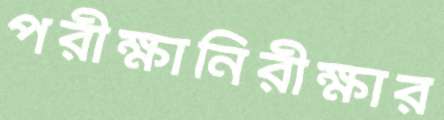
পরীক্ষানিরীক্ষার